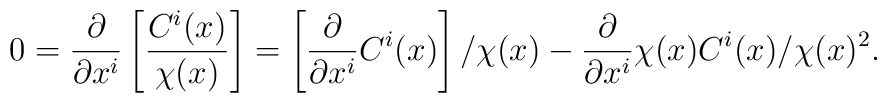
0=\frac{\partial}{\partial x^{i}}\left[\frac{C^{i}(x)}{\chi(x)}\right]=\left[\frac{\partial}{\partial x^{i}}C^{i}(x)\right]/\chi(x)-\frac{\partial}{\partial x^{i}}\chi(x) C^{i}(x)/\chi(x)^{2}.